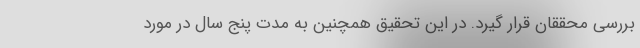
بررسی محققان قرار گیرد. در این تحقیق همچنین به مدت پنج سال در مورد